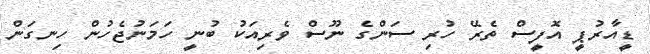
ޑީއާރުޕީ އޮފީސް ތެރޭ ހުރި ސަންގެ ނޫސް ވެރިއަކު ބުނީ ހަމަނުޖެހުން ހިނގަން